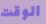
الوقت